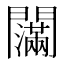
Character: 𰿤